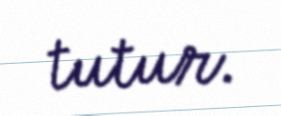
tutur.